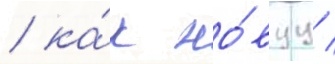
/ ка́к но́вуу /